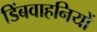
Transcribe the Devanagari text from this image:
डिंबवाहनियों